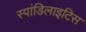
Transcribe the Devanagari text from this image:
स्पांडिलाइटिस